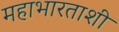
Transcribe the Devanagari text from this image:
महाभारताशी